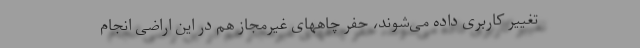
تغییر کاربری داده می‌شوند، حفر چاههای غیرمجاز هم در این اراضی انجام